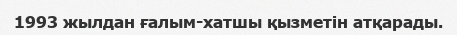
1993 жылдан ғалым-хатшы қызметін атқарады.